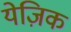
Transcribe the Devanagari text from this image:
येज़िक